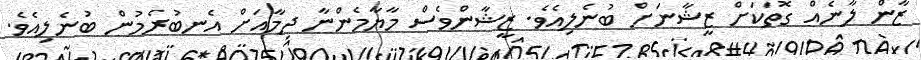
ޒާން ލާނެއް ގޮތަކަށް ޒީޝާނަށް ބުނެލިއެވެ. ޒީޝާންވެސް މާޔާމެންނާ ދިމާއަށް އެނބުރެމުން ބުނެލިއެވެ.